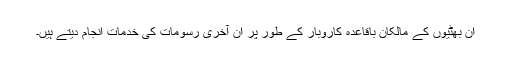
ان بھٹیوں کے مالکان باقاعدہ کاروبار کے طور پر ان آخری رسومات کی خدمات انجام دیتے ہیں۔